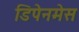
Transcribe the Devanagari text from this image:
डिपेनमेस